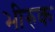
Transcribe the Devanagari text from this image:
भीरुक